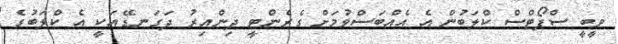
ވީބީ ސްޕޯޓްސް ކްލަބުން އެ އެއްބަސްވުމަށް ގެރެންޓީ ދިންއިރު ދަގަނޑޭއަކީ އެ ކްލަބުގެ